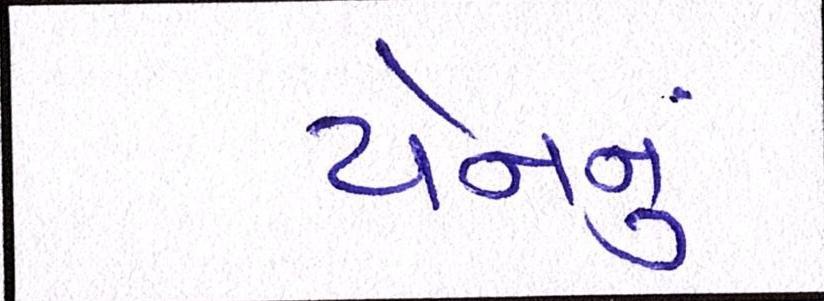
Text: યેનનું